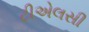
ટીએલસી